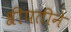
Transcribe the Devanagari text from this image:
श्रीपतीने